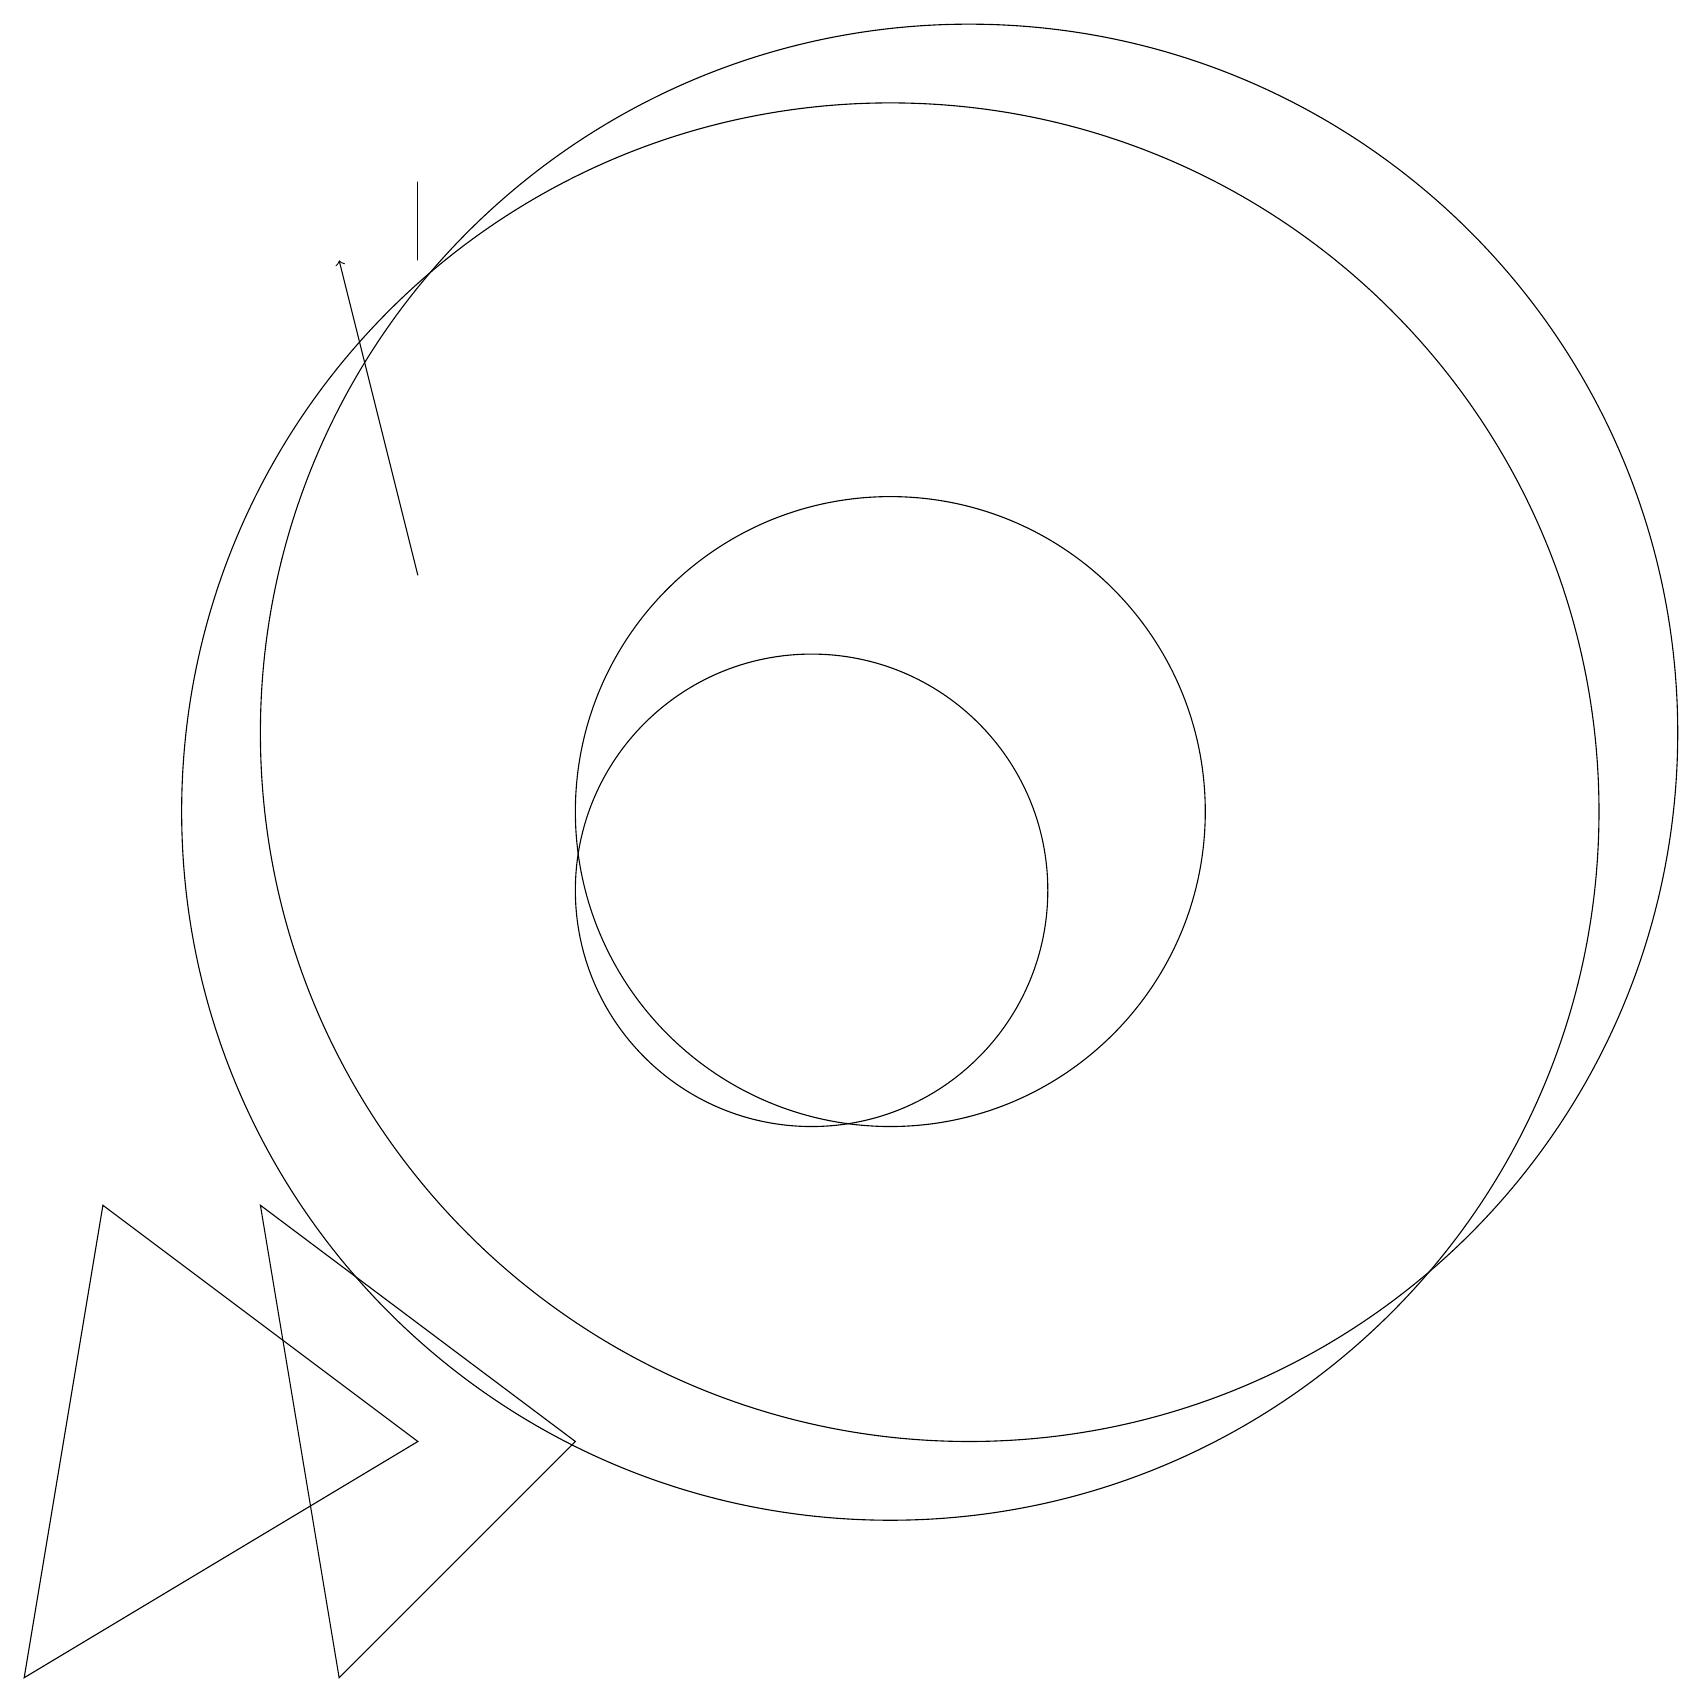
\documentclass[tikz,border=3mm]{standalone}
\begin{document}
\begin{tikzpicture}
\draw (4,0) -- (3,6) -- (7,3) -- cycle;
\draw (12,12) circle (9);
\draw (11,11) circle (4);
\draw (11,11) circle (9);
\draw (5,18) rectangle (5,19);
\draw (10,10) circle (3);
\draw (1,6) -- (0,0) -- (5,3) -- cycle;
\draw[->] (5,14) -- (4,18);
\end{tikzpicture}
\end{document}